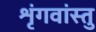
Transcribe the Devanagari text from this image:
शृंगवांस्तु